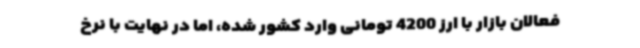
فعالان بازار با ارز 4200 تومانی وارد کشور شده، اما در نهایت با نرخ